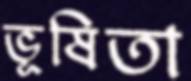
ভূষিতা